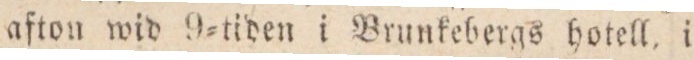
afton wid 9=tiden i Brunkebergs hotell, i